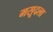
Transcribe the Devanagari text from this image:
मसूदला